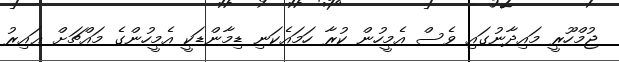
ޖުމްހޫރީ މައިދާނުގައި ވެސް އެމީހުން ކުރާ ހަމައެކަނި ޑިމާންޑަކީ އެމީހުންގެ މައްޗަށް ޣައިރު